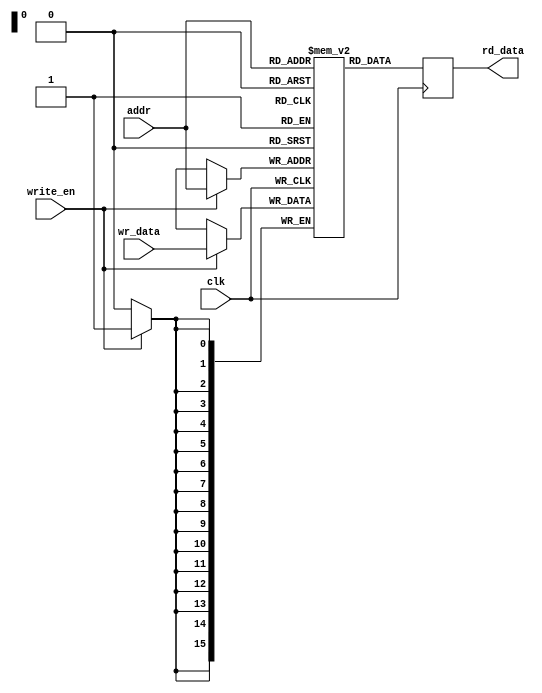
module QDR_SRAM (
    input wire clk, 
    input wire [15:0] addr, 
    input wire write_en,
    input wire [15:0] wr_data,
    output reg [15:0] rd_data
);

reg [15:0] mem [0:65535];

always @(posedge clk) begin
    if(write_en) begin
        mem[addr] <= wr_data;
    end
    rd_data <= mem[addr];
end

endmodule